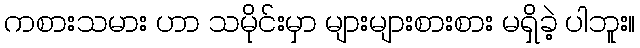
ကစားသမား ဟာ သမိုင်းမှာ များများစားစား မရှိခဲ့ ပါဘူး။